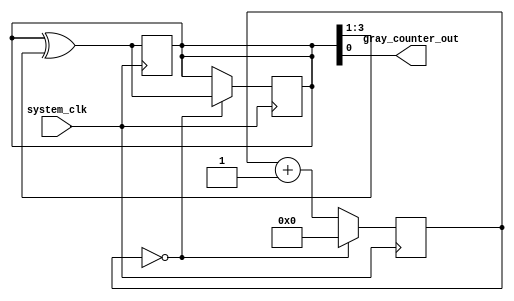
module gray_counter_clock_divider(
    input wire system_clk,
    output wire gray_counter_out
);

// Gray counter module
reg [3:0] gray_counter;

always @(posedge system_clk)
begin
    gray_counter <= gray_counter ^ (gray_counter >> 1);
end

// Clock divider module
reg [7:0] divider = 8'b0000_0000; // Clock division ratio

reg [7:0] counter = 8'b0000_0000; // Counter for dividing clock signal

always @(posedge system_clk)
begin
  if (counter == divider)
    begin
      counter <= 8'b0000_0000;
      gray_counter <= gray_counter ^ (gray_counter >> 1);
    end
  else
    begin
      counter <= counter + 1;
    end
end

assign gray_counter_out = gray_counter;

endmodule